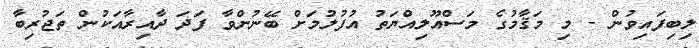
ލިބިފައިވުން - މި މަޤާމުގެ މަސްއޫލިއްޔަތު އުފުލުމަށް ބޭނުންވާ ފަދަ ދާއިރާއަކުން ތަޖުރިބާ